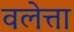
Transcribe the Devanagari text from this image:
वलेत्ता